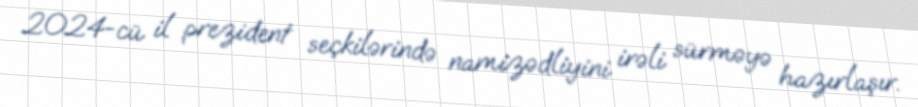
2024-cü il prezident seçkilərində namizədliyini irəli sürməyə hazırlaşır.